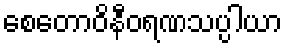
စေတောဝိနီဝရဏသပ္ပါယာ